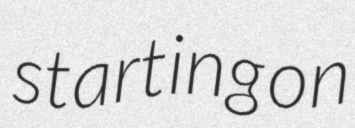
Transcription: starting on